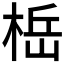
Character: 𬃆